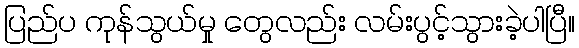
ပြည်ပ ကုန်သွယ်မှု တွေလည်း လမ်းပွင့်သွားခဲ့ပါပြီ။